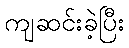
ကျဆင်းခဲ့ပြီး